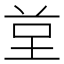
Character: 𭎙